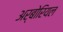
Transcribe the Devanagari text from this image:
अर्बोरियल